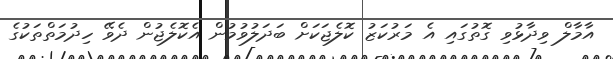
އާމާލް ވިދާޅުވި ގޮތުގައި އެ މަރުކަޒު ކޮލެޖަކަށް ބަދަލުވުމުން އެކޮލެޖުން ދެވޭ ހިދުމަތްތަކުގެ